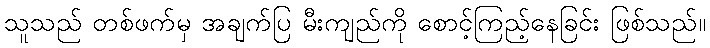
သူသည် တစ်ဖက်မှ အချက်ပြ မီးကျည်ကို စောင့်ကြည့်နေခြင်း ဖြစ်သည်။